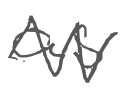
Text: as
Cross-out: zig-zag
Writing tool: digital_gray